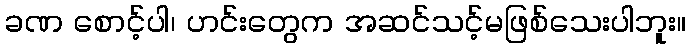
ခဏ စောင့်ပါ၊ ဟင်းတွေက အဆင်သင့်မဖြစ်သေးပါဘူး။